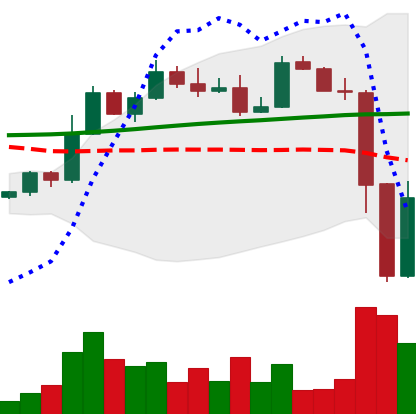
Ticker: ETH-USD
Chart end date: 2022-11-10
Forward return: -3.673%
Label: down_3_5